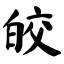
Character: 皎